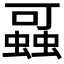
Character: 𰳖